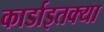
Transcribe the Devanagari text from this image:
कार्डाइतक्या